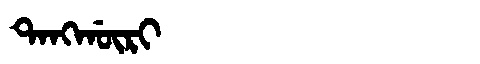
Manchu: ᡨᠠᠩᡤᡡᡵᡳ
Romanization: TANGGŪRI